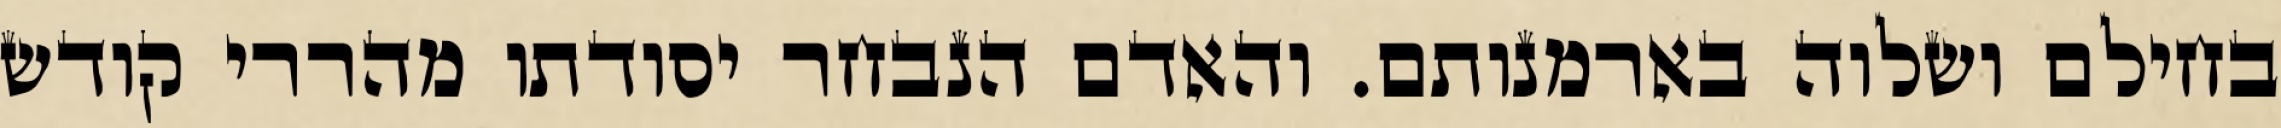
בחילם ושלוה בארמנותם. והאדם הנבחר יסודתו מהררי קודש